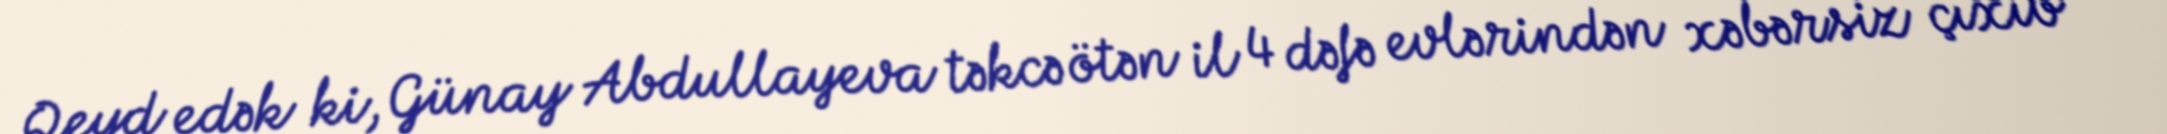
Qeyd edək ki, Günay Abdullayeva təkcə ötən il 4 dəfə evlərindən xəbərsiz çıxıb